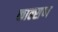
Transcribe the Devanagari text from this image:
काल्सण